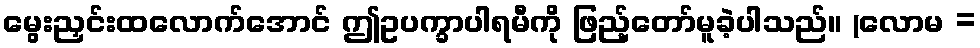
မွေးညှင်းထလောက်အောင် ဤဥပက္ခာပါရမီကို ဖြည့်တော်မူခဲ့ပါသည်။ (လောမ =